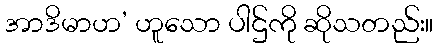
အာဒိမာဟ’ ဟူသော ပါဌ်ကို ဆိုသတည်း။